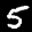
Label: 5